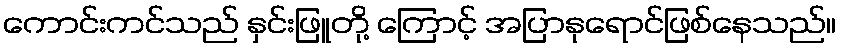
ကောင်းကင်သည် နှင်းဖြူတို့ ကြောင့် အပြာနုရောင်ဖြစ်နေသည်။